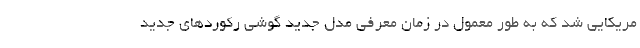
مریکایی شد که به طور معمول در زمان معرفی مدل جدید گوشی رکوردهای جدید